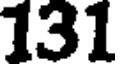
131